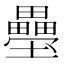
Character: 𭐍